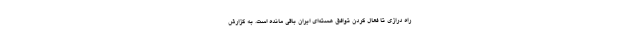
راه درازی تا فعال کردن توافق هسته‌ای ایران باقی مانده است. به گزارش